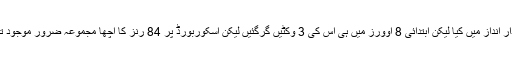
نیوزی لینڈ نے اننگز کا آغاز تو دھواں دار انداز میں کیا لیکن ابتدائی 8 اوورز میں ہی اس کی 3 وکٹیں گرگئیں لیکن اسکوربورڈ پر 84 رنز کا اچھا مجموعہ ضرور موجود تھا جب کوری اینڈرسن میدان میں اترے۔